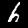
Digit: 6